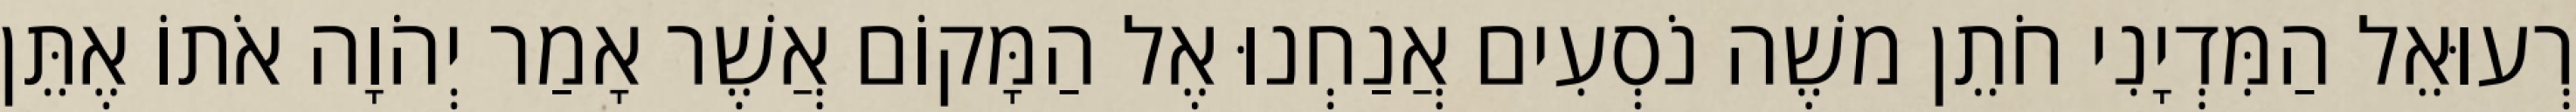
רְעוּאֵל הַמִּדְיָנִי חֹתֵן משֶׁה נֹסְעִים אֲנַחְנוּ אֶל הַמָּקוֹם אֲשֶׁר אָמַר יְהֹוָה אֹתוֹ אֶתֵּן